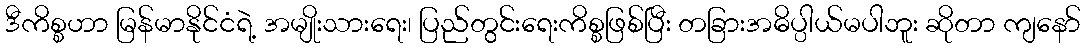
ဒီကိစ္စဟာ မြန်မာနိုင်ငံရဲ့ အမျိုးသားရေး၊ ပြည်တွင်းရေးကိစ္စဖြစ်ပြီး တခြားအဓိပ္ပါယ်မပါဘူး ဆိုတာ ကျနော်